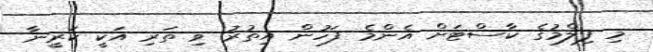
މި ފިލްމުގެ ކާސްޓަށް އެންމެ ފަހުން އިތުރު ވި ތަރި އަކީ ކަރީނާ